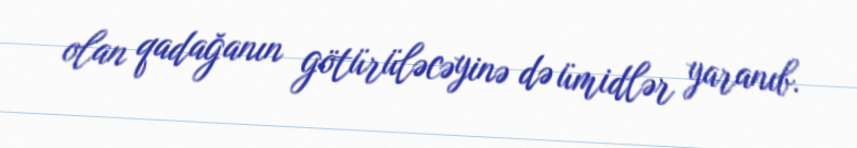
olan qadağanın götürüləcəyinə də ümidlər yaranıb.